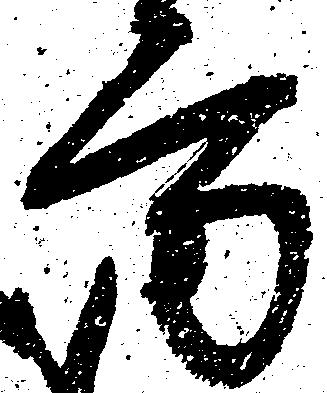
方